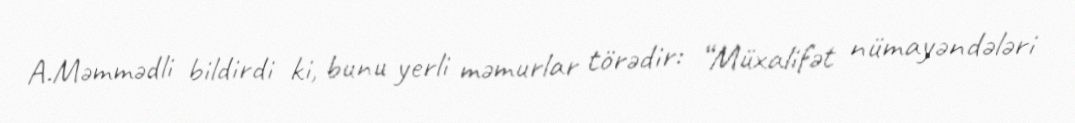
A.Məmmədli bildirdi ki, bunu yerli məmurlar törədir: “Müxalifət nümayəndələri